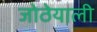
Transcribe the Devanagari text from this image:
जोठेयाली